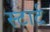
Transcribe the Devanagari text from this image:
स्‍टार्ट